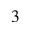
_ 3